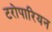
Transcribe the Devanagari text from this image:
टरोपारियन